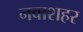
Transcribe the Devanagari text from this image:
नवाशहर